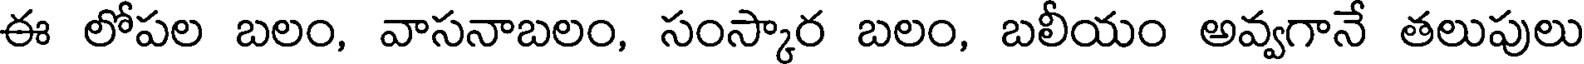
ఈ లోపల బలం, వాసనాబలం, సంస్కార బలం, బలీయం అవ్వగానే తలుపులు